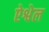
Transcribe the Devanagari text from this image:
ऐश्वेल